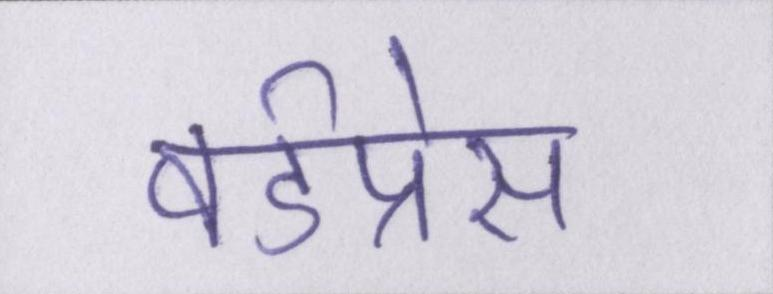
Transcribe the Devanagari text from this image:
वर्डप्रेस